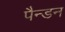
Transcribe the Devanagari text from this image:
पैन्डन